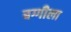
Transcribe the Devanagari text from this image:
बग्गीला